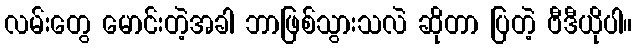
လမ်းတွေ မောင်းတဲ့အခါ ဘာဖြစ်သွားသလဲ ဆိုတာ ပြတဲ့ ဗီဒီယိုပါ။